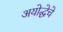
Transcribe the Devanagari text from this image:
अयोद्धेचे